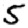
Digit: 5